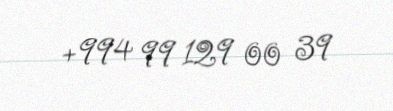
+994 99 129 00 39